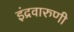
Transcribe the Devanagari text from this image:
इंद्रवारुणी